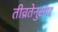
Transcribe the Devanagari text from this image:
तीव्रतेनुसार